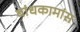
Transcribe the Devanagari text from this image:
बांधकामांस